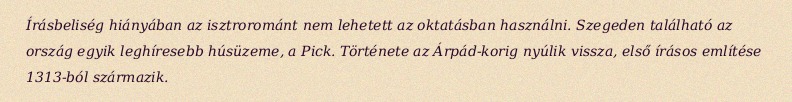
Írásbeliség hiányában az isztrorománt nem lehetett az oktatásban használni. Szegeden található az ország egyik leghíresebb húsüzeme, a Pick. Története az Árpád-korig nyúlik vissza, első írásos említése 1313-ból származik.